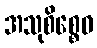
အသုစိစ္စေဝ